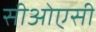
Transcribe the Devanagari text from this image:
सीओएसी